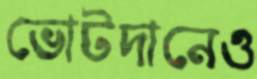
ভোটদানেও